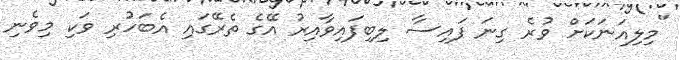
"މިލިއަނަކަށް ވުރެ ގިނަ ފައިސާ ލިބިފައިވާއިރު އޭގެ ތެރޭގައި އެބަހުރި ވަކި މިވެނި